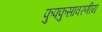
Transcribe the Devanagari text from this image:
फुफ्फुसावरणीय